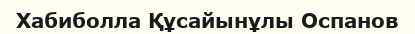
Хабиболла Құсайынұлы Оспанов